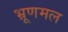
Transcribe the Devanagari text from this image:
भ्रूणमल